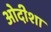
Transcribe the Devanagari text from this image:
ओदीशा